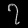
Digit: ၇